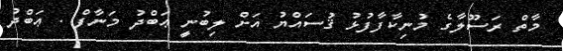
މާތް ރަސޫލާގެ މުނިކާފާފުޅު ޤުސައްޔު އަށް ލިބުނިީ ޢަބްދު މަނާފް . ޢަބްދު